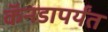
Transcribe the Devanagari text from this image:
कॅनडापर्यंत